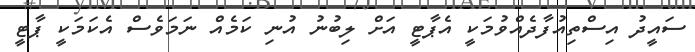
ސައީދު އިސްތިއުފާދެއްވުމަކީ އެޕާޓީ އަށް ލިބުނު އުނި ކަމެއް ނަމަވެސް އެކަމަކީ ޕާޓީ